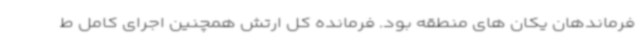
فرماندهان یکان های منطقه بود. فرمانده کل ارتش همچنین اجرای کامل ط